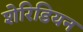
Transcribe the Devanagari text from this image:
शेरिडियन